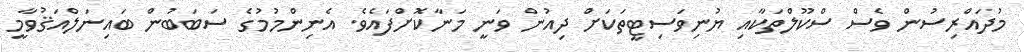
މުދައްރިސުން ވެސް ސްކޫލްތަކާއި ޔުނިވަސިޓީތަކަށް ދިއުން ވަނީ މަނާކޮށްފައެވެ. އެނިންމުމުގެ ސަބަބުން ބައިނަލްއަޤުވާމީ